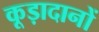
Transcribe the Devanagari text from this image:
कूड़ादानों